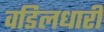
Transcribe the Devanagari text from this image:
वडिलधारी